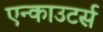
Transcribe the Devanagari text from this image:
एन्काउटर्स